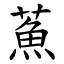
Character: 䔡